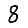
Digit: 8